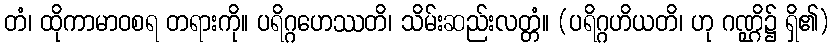
တံ၊ ထိုကာမာဝစရ တရားကို။ ပရိဂ္ဂဟေဿတိ၊ သိမ်းဆည်းလတ္တံ။ (ပရိဂ္ဂဟိယတိ၊ ဟု ဂဏ္ဌိ၌ ရှိ၏)